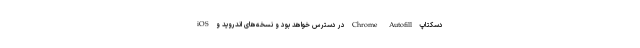
دسکتاپ Chrome Autofill در دسترس خواهد بود و نسخه‌های اندروید و iOS